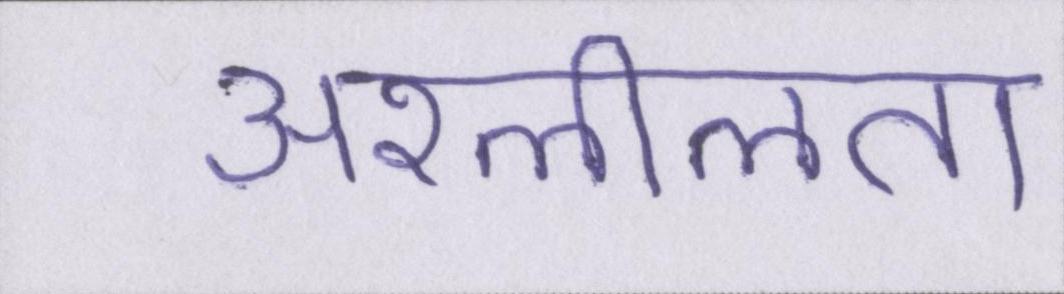
अश्लीलता